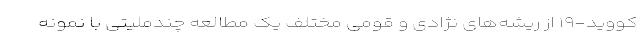
کووید-۱۹ از ریشه‌های نژادی و قومی مختلف یک مطالعه چندملیتی با نمونه